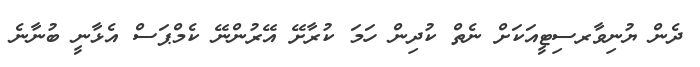
ދެން ޔުނިވާރސިޓީއަކަށް ނެތް ކުދިން ހަމަ ކުރާށޭ އޭރުންނޭ ކެމްޕަސް އެޅާނީ ބުނާނެ